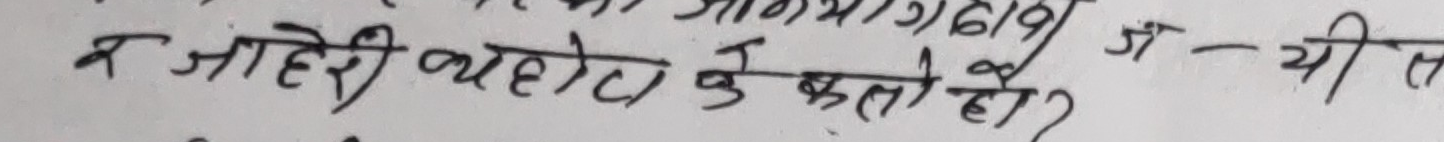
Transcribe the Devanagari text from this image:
क जहरी यहेटा केहो हो?